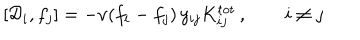
LaTeX: \left[ { \cal D } _ { i } , f _ { j } \right] = - \nu ( f _ { i } - f _ { j } ) \, y _ { i j } K _ { i j } ^ { \mathrm { t o t } } \, , \qquad i \ne j